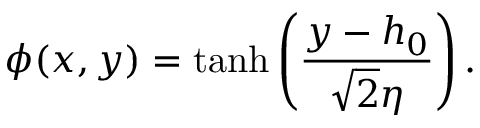
\small \phi ( x , y ) = \operatorname { t a n h } \left( \frac { y - h _ { 0 } } { \sqrt { 2 } \eta } \right) .